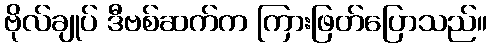
ဗိုလ်ချုပ် ဒီဗစ်ဆက်က ကြားဖြတ်ပြောသည်။